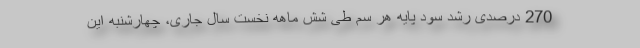
270 درصدی رشد سود پایه هر سم طی شش ماهه نخست سال جاری، چهارشنبه این